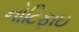
નોટિફાઇ